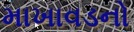
માખાવડનો